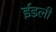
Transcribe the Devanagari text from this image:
ईडली